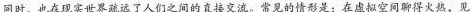
同时，也在现实世界疏远了人们之间的直接交流。常见的情形是：在虚拟空间聊得火热，见